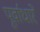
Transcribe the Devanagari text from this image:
पूर्वाधारें